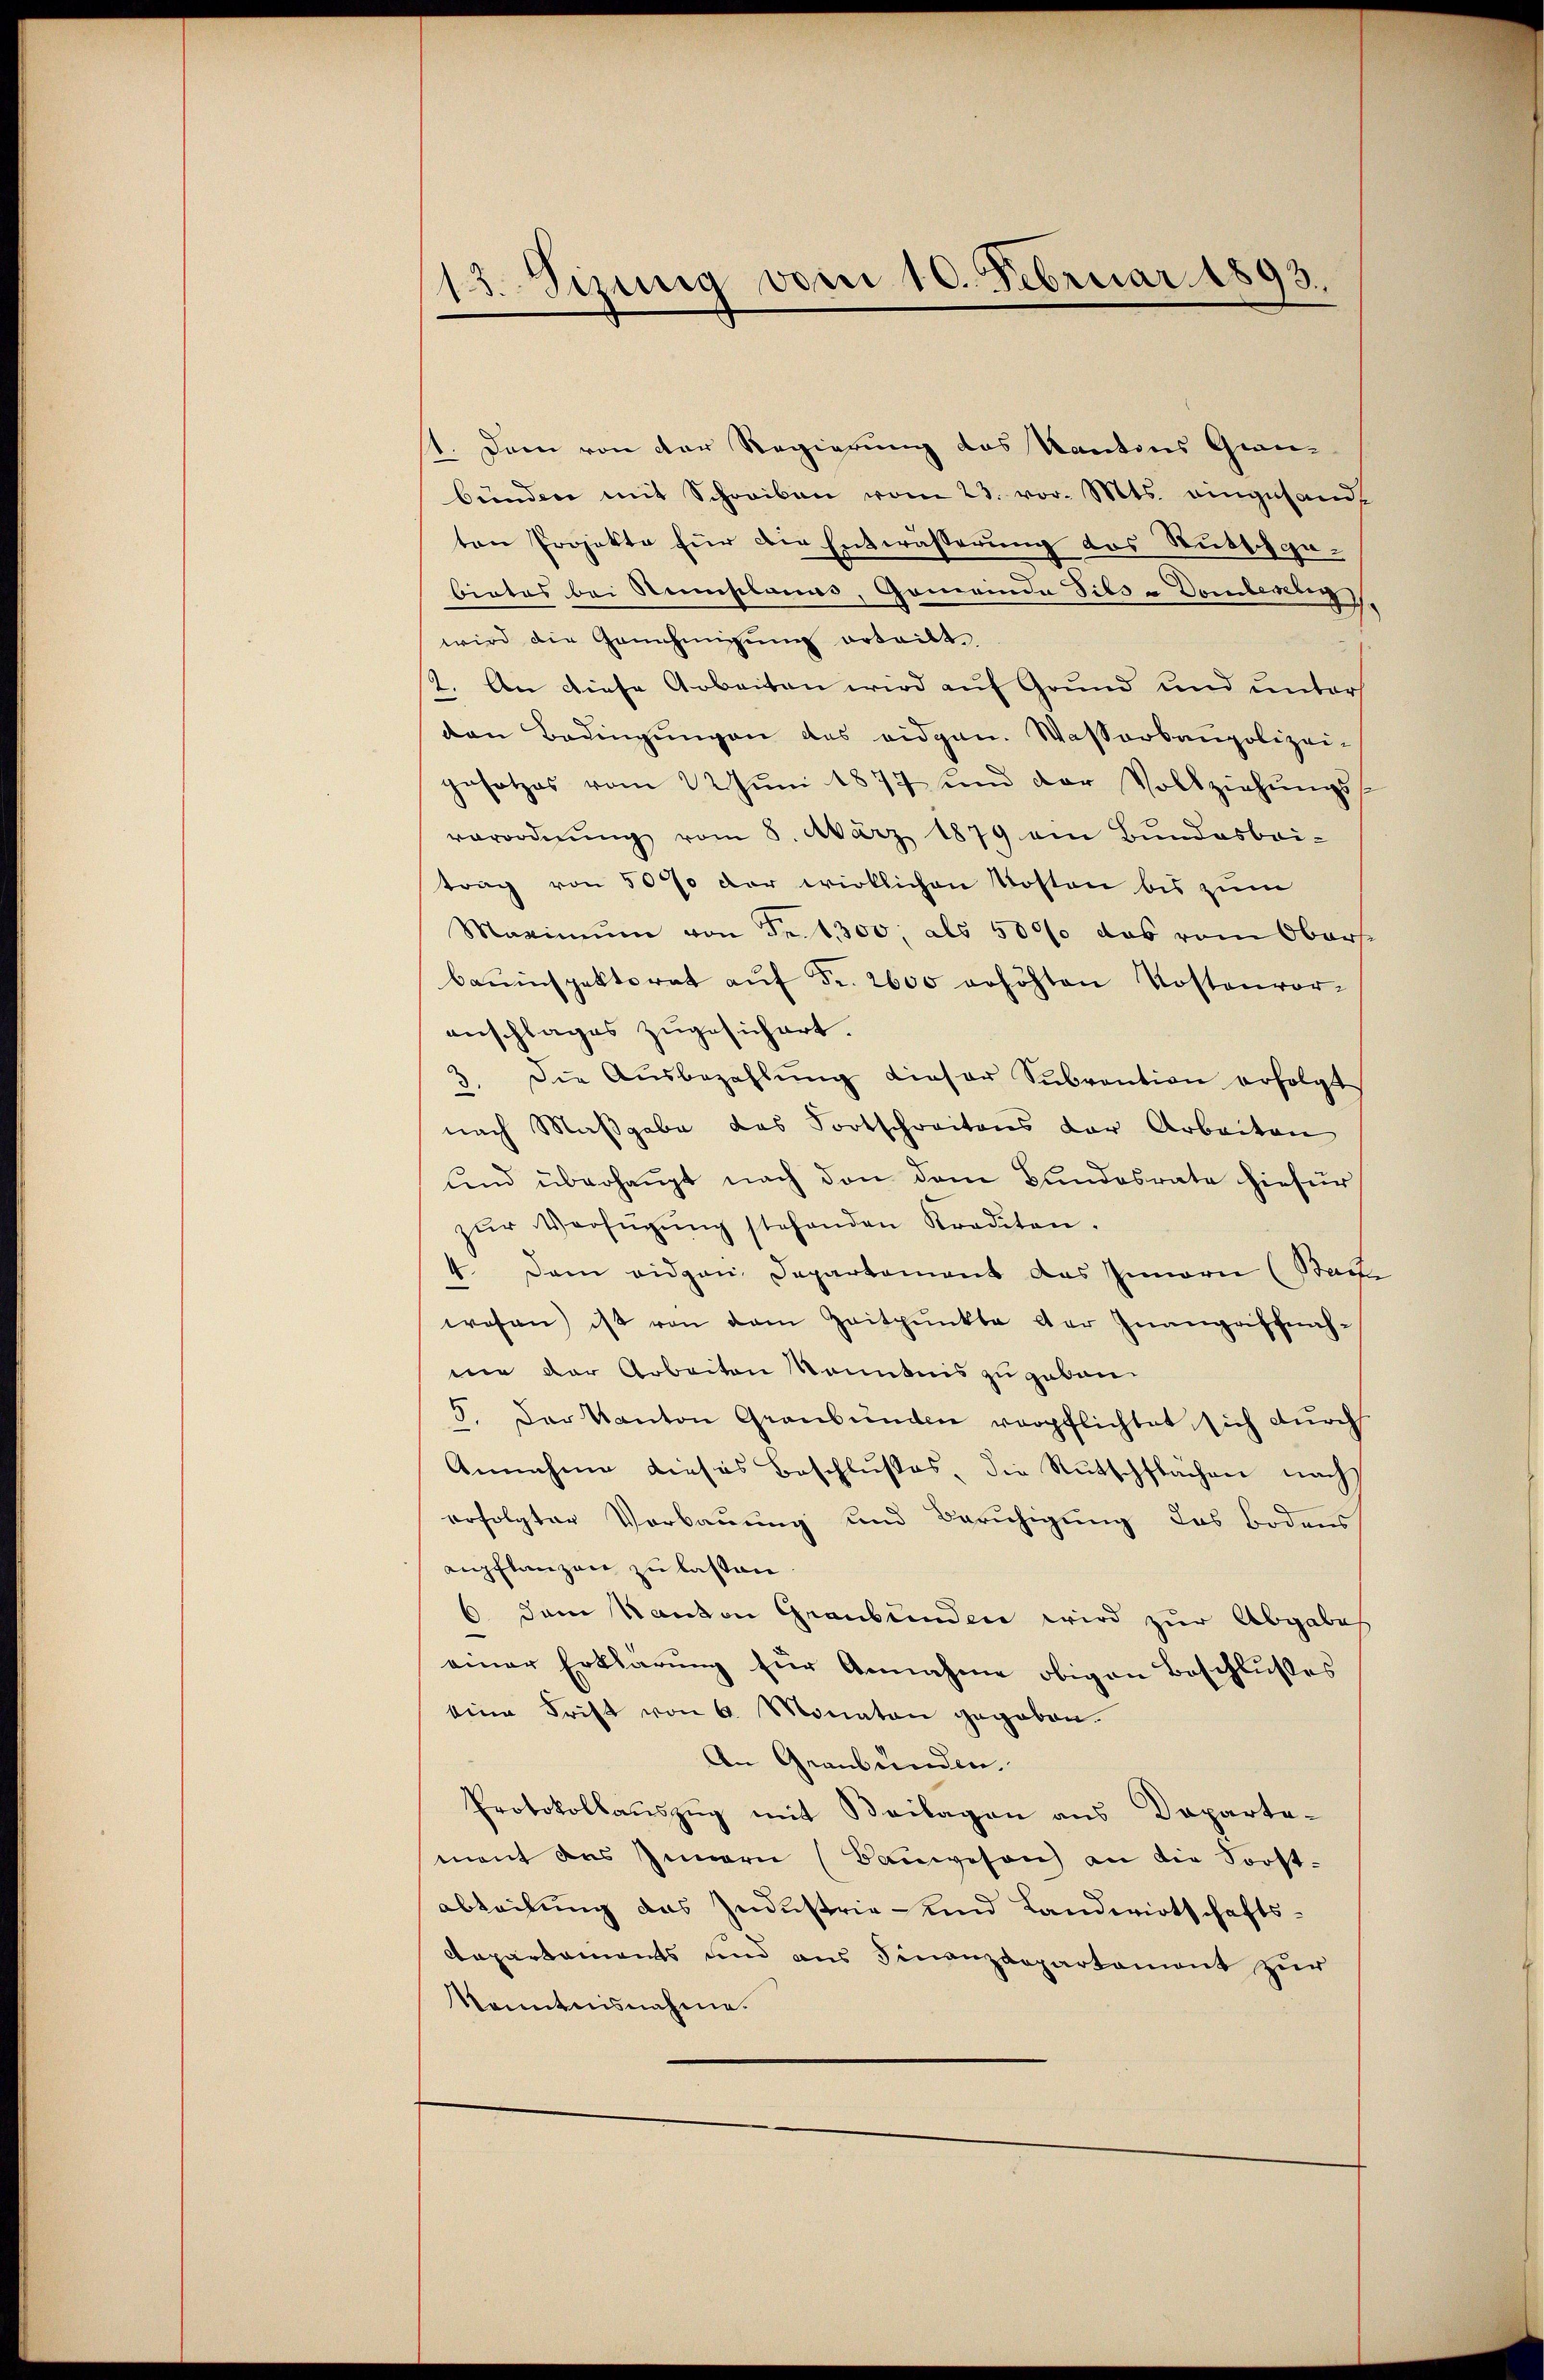
13. Sizung vom 10. Februar 1893.

1. Dann von der Regierung des Kantons Grau-
bünden mit Schreiben vom 23. vor. Mts. eingesandt
ten Projekte für die Entwässerung des Stuttga¬
Bietes bei Stemplanus, Gemeinde dies u Domberg
wird die Genehmigung erteilt
2. An diese Arbeiten wird auf Grund und unter
den Bedingŭngen das eidgen. Wasserbaupolizei-
gesetzes vom 22. Jŭni 1877 und der Vollziehŭngs-
verordnŭng vom 8. März 1879 am Bŭndesbri-
trag von 50 % der wirklichen Kosten bis zum
Maximŭm von Fr. 1300, als 50000 das vom Oberse
bauinspektorat aŭf Fr. 2600 erhöhten Kostenvor-
anschlages zugesichert.
3. Die Aŭsbezahlŭng dieser Subvention erfolgt
nach Maßgabe das Fortschreitens der Arbeiten
und überhaupt nach den dem Bundesrate hiefür
zŭr Verfügŭng stehenden Krediten.
4. Dem eidgen. Departement das Innern (Bact
wesen) ist von dem Zeitpunkte der Inangriffnahnie der Arbeiten Kenntnis zu geben.
5
. Der Kanton Graubünden verpflichtet, sich durch
Annahme dieses Beschlußes, die Rutschflächen nach
erfolgter Verbauung und Beruhigung des Bodens
anpflanzen zu lassen.
6 dem Kanton Graubünden wird zur Abgabes
einer Erklärung für Annahme obigen Beschlußes
eine Frist von 6 Monaten gegeben.
An Graubünden.
Protokollauszug mit Beilagen aus Departemant des Innern (Bauwesen an die Forst-
abteilung des Industrie- und Landwirtschafts¬
Departements und aus Finanzdepartemont zur
Kenntnisnahme.